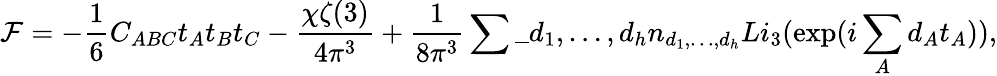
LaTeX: {\cal F}=-\frac 16C_{ABC}t_{A}t_{B}t_{C}-\frac{\chi\zeta(3)}{4\pi^{3}}+\frac{1}{8\pi^{3}}\sum\_ {d_{1},\ldots,d_{h}}n_{d_{1},\ldots,d_{h}}Li_{3}(\exp(i\sum_{A}d_{A}t_{A})),